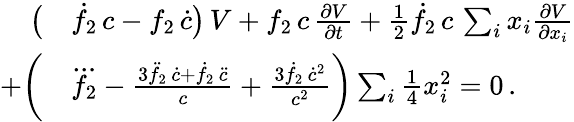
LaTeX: \begin{array}{rl}{\big(}&{\dot{f}_{2}\, c-f_{2}\, \dot{c}\big)\, V+f_{2}\, c\, \frac{\partial V}{\partial t}+{\textstyle\frac{1}{2}}\dot{f}_{2}\, c\, \sum_{i}x_{i}\frac{\partial V}{\partial x_{i}}}\\ {+\bigg(}&{\dddot{f_{2}}-\frac{3\ddot{f}_{2}\, \dot{c}+\dot{f}_{2}\, \ddot{c}}{c}+\frac{3\dot{f}_{2}\, \dot{c}^{2}}{c^{2}}\bigg)\sum_{i}{\textstyle\frac{1}{4}}x_{i}^{2}=0\, .}\end{array}